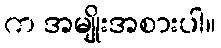
က အမျိုးအစားပါ။